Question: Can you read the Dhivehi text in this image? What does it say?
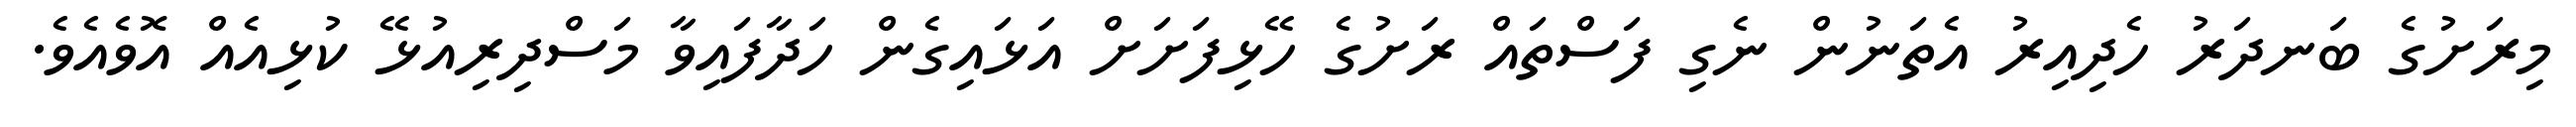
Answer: މިރަށުގެ ބަނދަރު ހެދިއިރު އެތަނުން ނެގި ފަސްތައް ރަށުގެ ހޭޅިފަށަށް އަޅައިގެން ހަދާފައިވާ މަސްދިރިއުޅޭ ކުޅިއެއް އޮވެއެވެ.